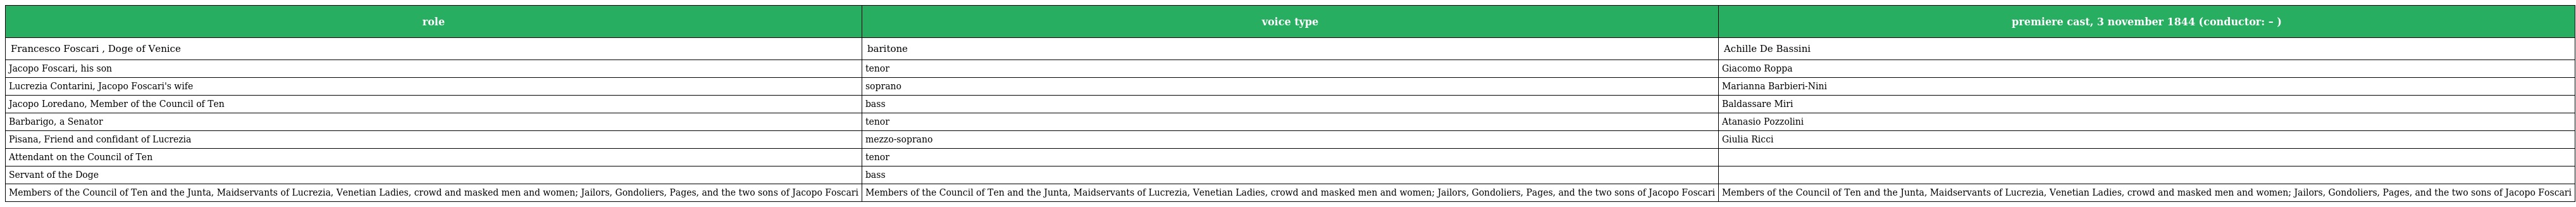
| role | voice type | premiere cast, 3 november 1844 (conductor: – ) |
 | --- | --- | --- |
 | Francesco Foscari , Doge of Venice | baritone | Achille De Bassini |
 | Jacopo Foscari, his son | tenor | Giacomo Roppa |
 | Lucrezia Contarini, Jacopo Foscari's wife | soprano | Marianna Barbieri-Nini |
 | Jacopo Loredano, Member of the Council of Ten | bass | Baldassare Miri |
 | Barbarigo, a Senator | tenor | Atanasio Pozzolini |
 | Pisana, Friend and confidant of Lucrezia | mezzo-soprano | Giulia Ricci |
 | Attendant on the Council of Ten | tenor |  |
 | Servant of the Doge | bass |  |
 | Members of the Council of Ten and the Junta, Maidservants of Lucrezia, Venetian Ladies, crowd and masked men and women; Jailors, Gondoliers, Pages, and the two sons of Jacopo Foscari | Members of the Council of Ten and the Junta, Maidservants of Lucrezia, Venetian Ladies, crowd and masked men and women; Jailors, Gondoliers, Pages, and the two sons of Jacopo Foscari | Members of the Council of Ten and the Junta, Maidservants of Lucrezia, Venetian Ladies, crowd and masked men and women; Jailors, Gondoliers, Pages, and the two sons of Jacopo Foscari |